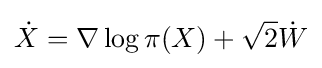
{\dot {X}}=\nabla \log \pi (X)+{\sqrt {2}}{\dot {W}}